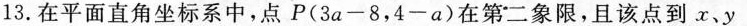
13.在平面直角坐标系中，点P( 3a-8，4-a )在第二象限，且该点到x、y